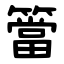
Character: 簹